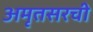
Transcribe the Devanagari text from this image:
अमृतसरची